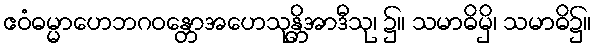
ဧဝံဓမ္မာဟေဘဂဝန္တောအဟေသုန္တိအာဒီသု၊ ၌။ သမာဓိမှိ၊ သမာဓိ၌။